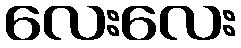
လေးလေး